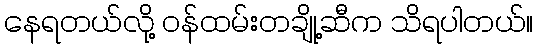
နေရတယ်လို့ ဝန်ထမ်းတချို့ဆီက သိရပါတယ်။